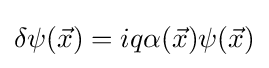
\delta \psi ({\vec {x}})=iq\alpha ({\vec {x}})\psi ({\vec {x}})